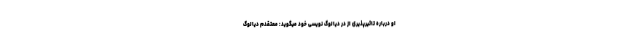
او درباره تاثیرپذیری از در دیالوگ نویسی خود میگوید: معتقدم دیالوگ